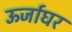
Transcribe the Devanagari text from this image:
ऊर्जाघर